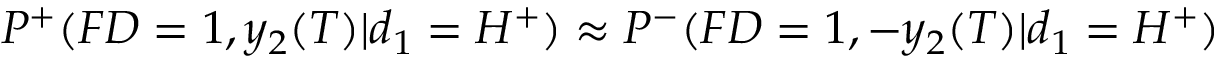
P ^ { + } ( F D = 1 , y _ { 2 } ( T ) | d _ { 1 } = H ^ { + } ) \approx P ^ { - } ( F D = 1 , - y _ { 2 } ( T ) | d _ { 1 } = H ^ { + } )